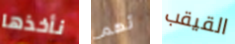
نأخذها تهم القيقب